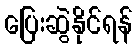
ပြေးဆွဲနိုင်ရန်